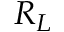
R _ { L }